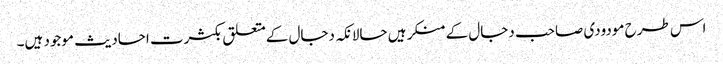
اس طرح مودودی صاحب دجال کے منکر ہیں حالانکہ دجال کےمتعلق بکثرت احادیث موجود ہیں۔